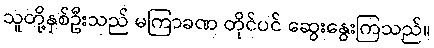
သူတို့နှစ်ဦးသည် မကြာခဏ တိုင်ပင် ဆွေးနွေးကြသည်။